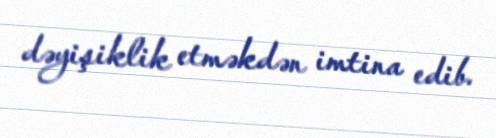
dəyişiklik etməkdən imtina edib.